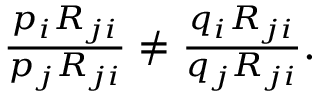
\begin{array} { r } { \frac { p _ { i } R _ { j i } } { p _ { j } R _ { j i } } \ne \frac { q _ { i } R _ { j i } } { q _ { j } R _ { j i } } . } \end{array}